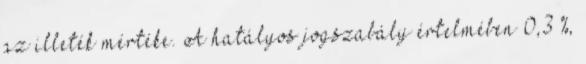
az illeték mértéke. A hatályos jogszabály értelmében 0,3 %,